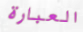
العبارة